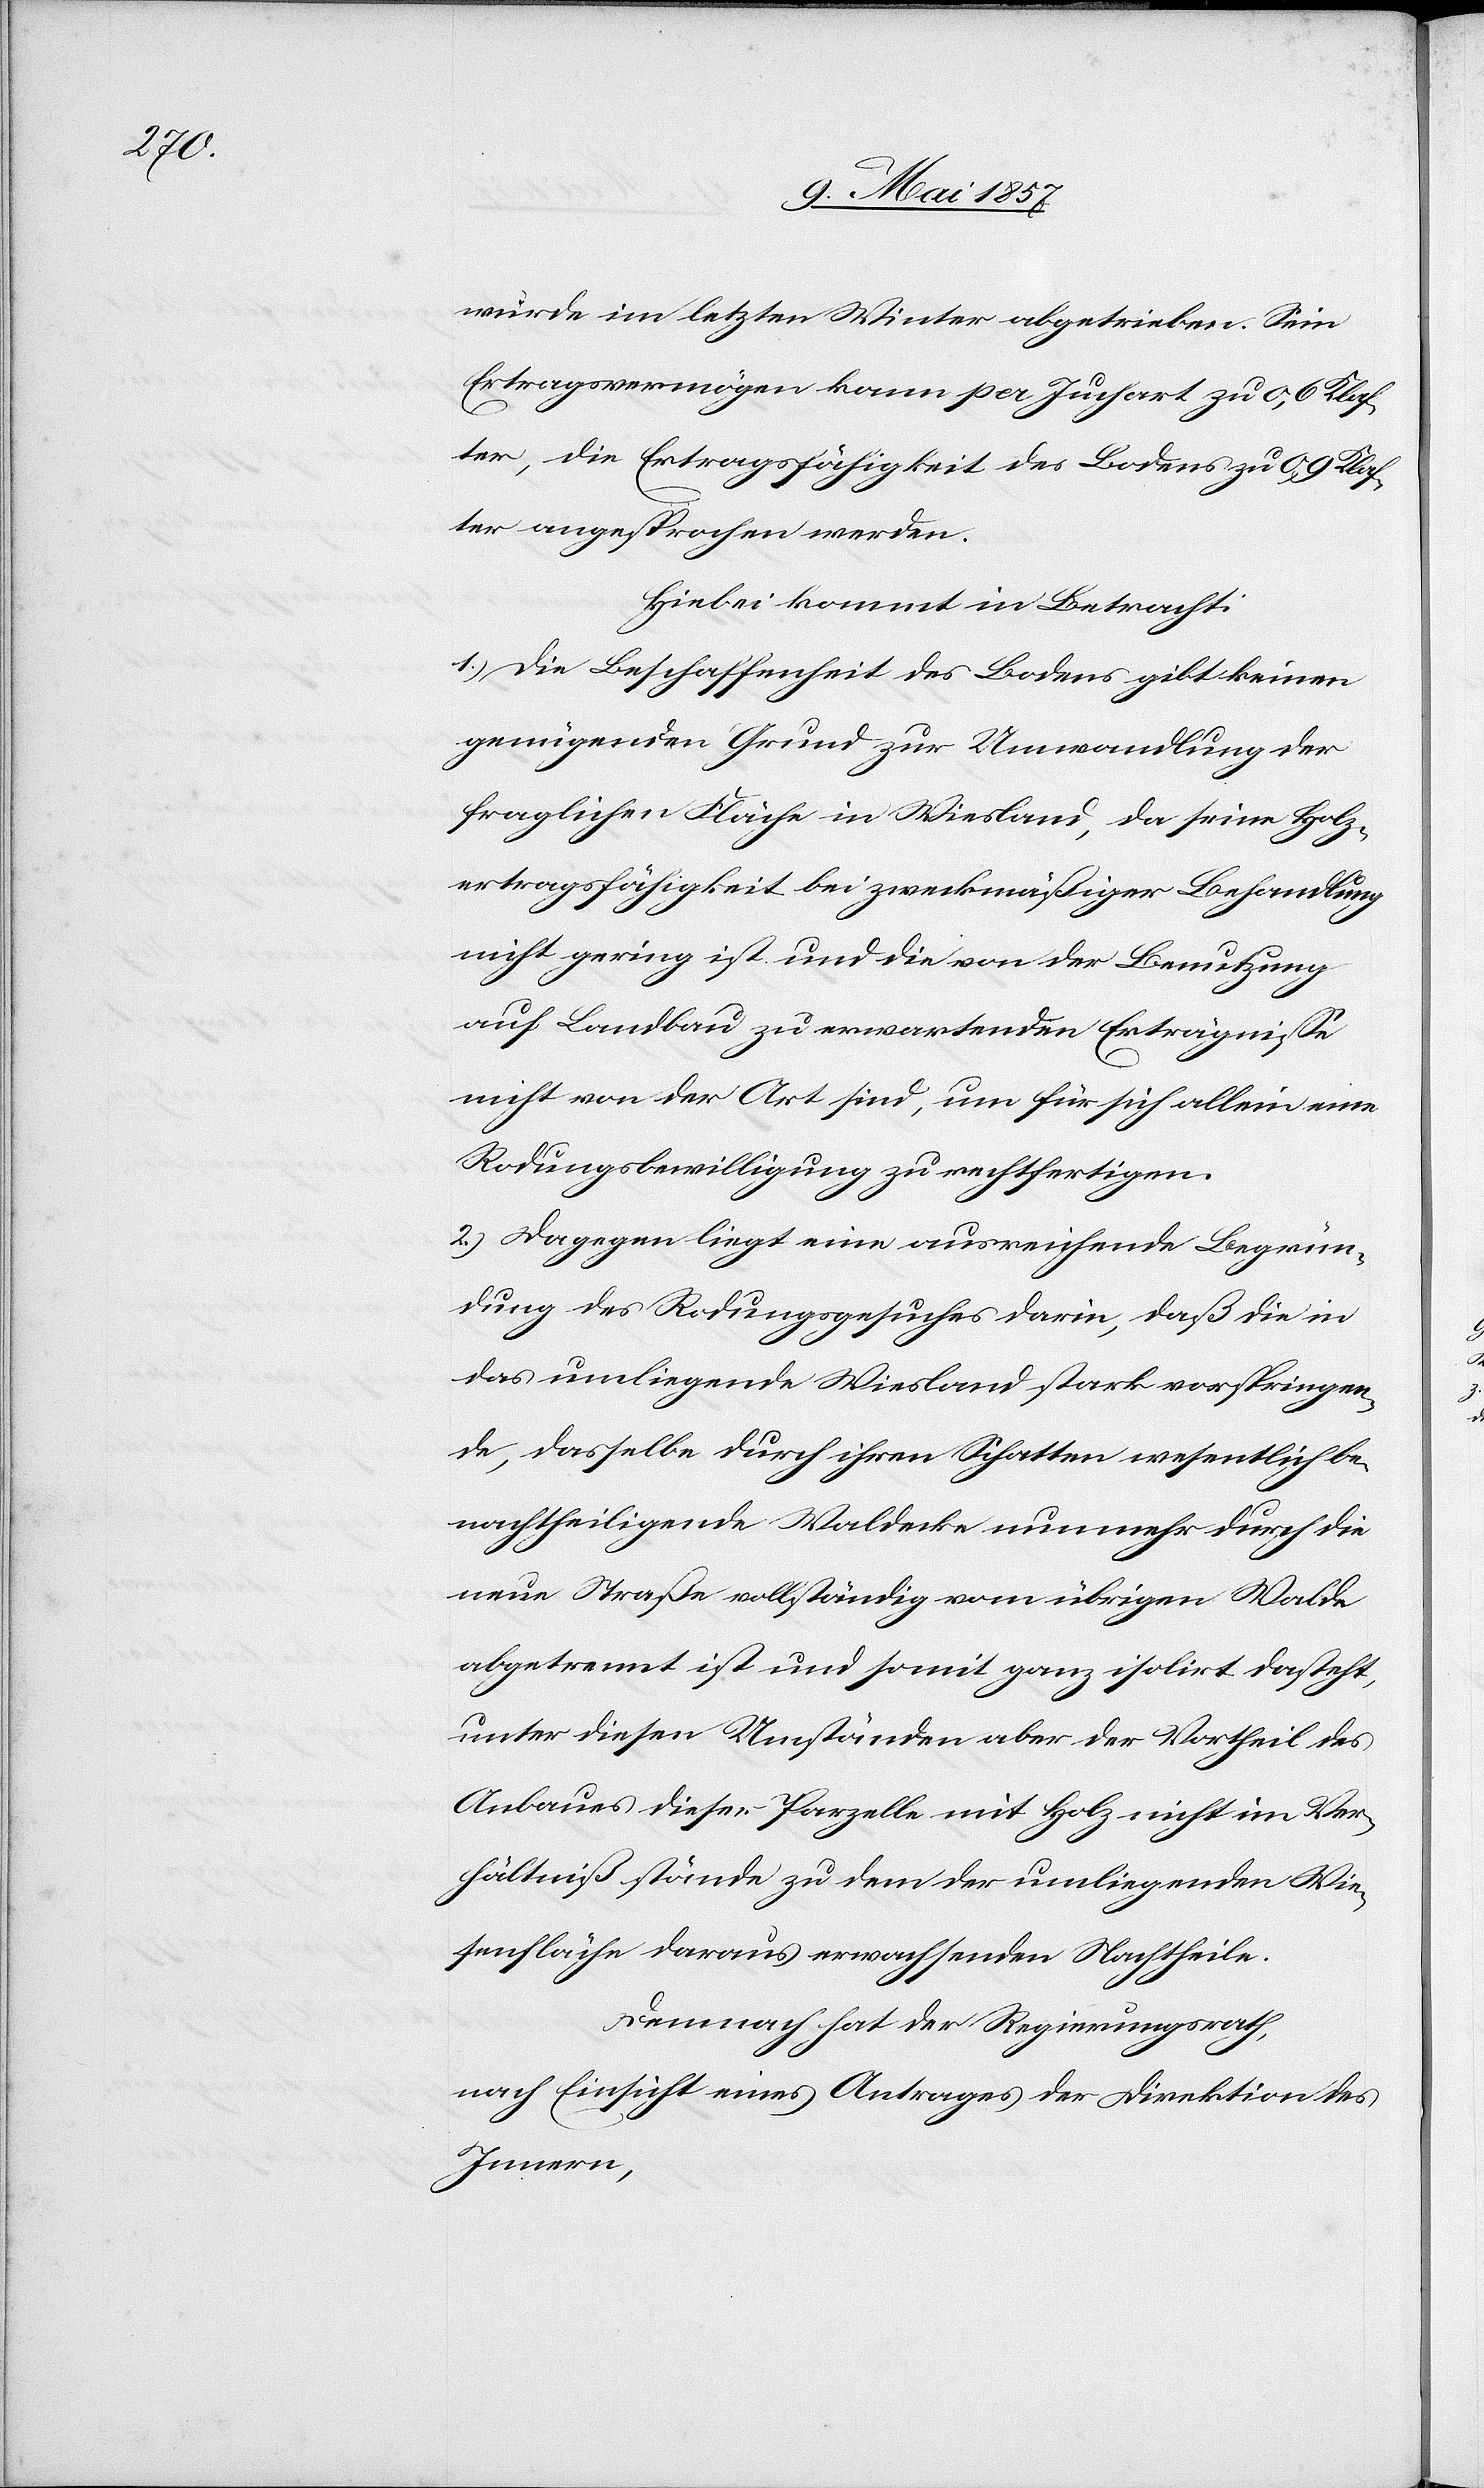
wurde im letzten Winter abgetrieben. Sein
Ertragsvermögen kann pro Juchart zu 0,6 Klaf¬
ter, die Ertragsfähigkeit des Bodens zu 0,9 Klaf¬
ter angesprochen werden.
Hiebei kommt in Betracht:
1.) Die Beschaffenheit des Bodens gibt keinen
genügenden Grund zur Umwandlung der
fraglichen Fläche in Wiesland, da seine Holz¬
vertragsfähigkeit bei zweckmäßiger Behandlung
nicht gering ist und die von der Benutzung
auf Landbau zu erwartenden Erträgnisse
nicht von der Art sind, um für sich allein eine
Rodungsbewilligung zu rechtfertigen.
2.) Dagegen liegt eine ausreichende Begrün¬
dung des Rodungsgesuches darin, daß die in
das umliegende Wiesland stark vorspringen¬
de, dasselbe durch ihren Schatten wesentlich be¬
nachtheiligende Waldecke nunmehr durch die
neue Straße vollständig vom übrigen Walde
abgetrennt ist und somit ganz isolirt dasteht,
unter diesen Umständen aber der Vortheil des
Anbaues dieser Parzelle mit Holz nicht im Ver¬
hältniß stände zu dem der umliegenden Wie¬
senfläche daraus erwachsenden Nachtheile.
Demnach hat der Regierungsrath,
nach Einsicht eines Antrages der Direktion des
Innern,